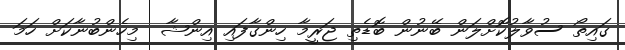
ގައިތޯ ސުވާލުކޮށްލަން ބޭނުން ބޮޑެތި ޖަރީމާ ހިންގާފައި އިންޝާ  މިހެންބުނާކަށް ހަމަ